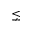
\lneq